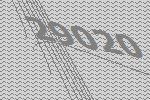
29020